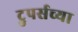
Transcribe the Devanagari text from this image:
ट्रुपर्सच्या